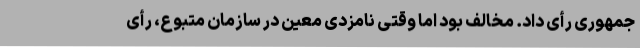
جمهوری رأی داد. مخالف بود اما وقتی نامزدی معین در سازمان متبوع، رأی